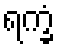
ရက္ခံ